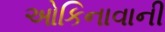
ઓકિનાવાની